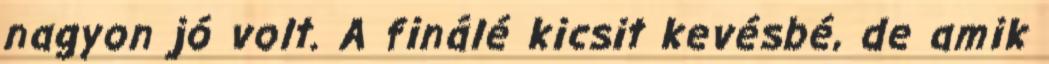
nagyon jó volt. A finálé kicsit kevésbé, de amik